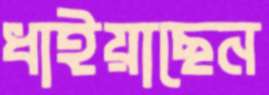
ধাইয়াছেন